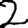
Digit: 2